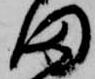
田